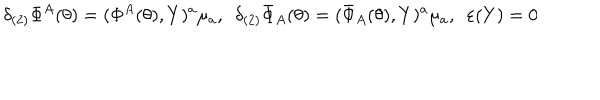
LaTeX: \delta _ { ( 2 ) } \Phi ^ { A } ( \theta ) = ( \Phi ^ { A } ( \theta ) , Y ) ^ { a } \mu _ { a } , \, \, \, \delta _ { ( 2 ) } \bar { \Phi } _ { A } ( \theta ) = ( \bar { \Phi } _ { A } ( \theta ) , Y ) ^ { a } \mu _ { a } , \, \, \, \varepsilon ( Y ) = 0